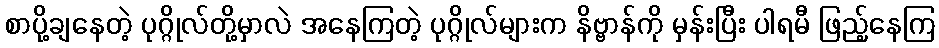
စာပို့ချနေတဲ့ ပုဂ္ဂိုလ်တို့မှာလဲ အနေကြတဲ့ ပုဂ္ဂိုလ်များက နိဗ္ဗာန်ကို မှန်းပြီး ပါရမီ ဖြည့်နေကြ